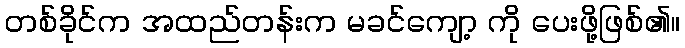
တစ်ခိုင်က အထည်တန်းက မခင်ကျော့ ကို ပေးဖို့ဖြစ်၏။